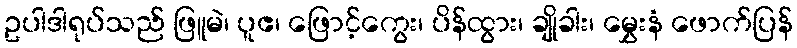
ဥပါဒါရုပ်သည် ဖြူမဲ၊ ပူဧ၊ ဖြောင့်ကွေး၊ ပိန်ထွား၊ ချိုခါး၊ မွှေးနံ ဖောက်ပြန်